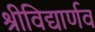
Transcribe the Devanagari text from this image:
श्रीविद्यार्णव